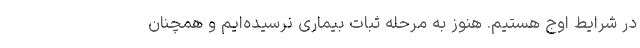
در شرایط اوج هستیم. هنوز به مرحله ثبات بیماری نرسیده‌ایم و همچنان